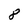
Character: 8